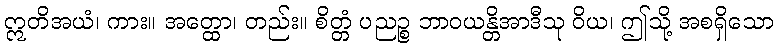
ဣတိအယံ၊ ကား။ အတ္ထော၊ တည်း။ စိတ္တံ ပညဉ္စ ဘာဝယန္တိအာဒီသု ဝိယ၊ ဤသို့ အစရှိသော